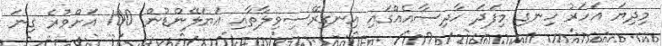
މިދިޔަ އަހަރު ހިނގި މިފަދަ ހާދިސާއެއްގައި އިނގިރޭސިވިލާތާއި އަޔަލޭންޑުން 100 އަށްވުރެ ގިނަ